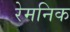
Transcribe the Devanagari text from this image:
रेमनिक